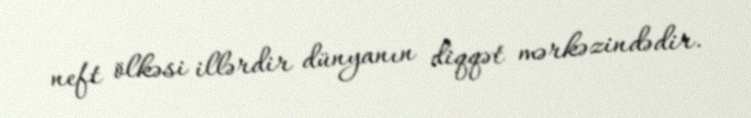
neft ölkəsi illərdir dünyanın diqqət mərkəzindədir.